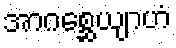
အာဂစ္ဆေယျာဟံ